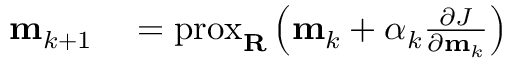
\begin{array} { r l } { \mathbf { m } _ { k + 1 } } & { { } = \operatorname { p r o x } _ { \mathbf { R } } \left( \mathbf { m } _ { k } + \alpha _ { k } \frac { \partial J } { \partial \mathbf { m } _ { k } } \right) } \end{array}